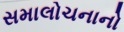
સમાલોચનાનો